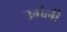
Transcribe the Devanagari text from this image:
उगंली